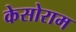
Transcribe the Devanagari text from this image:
केसोराम